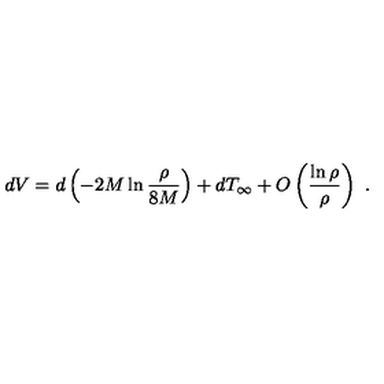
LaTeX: d V = d \left( - 2 M \ln \frac { \rho } { 8 M } \right) + d T _ { \infty } + O \left( \frac { \ln \rho } { \rho } \right) \ .